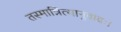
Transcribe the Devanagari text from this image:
तस्मान्नित्यानुवादः।